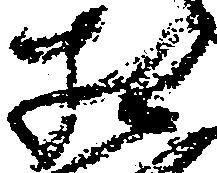
相